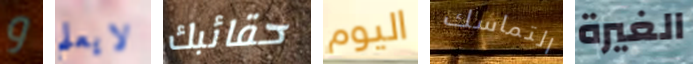
و لايعلم حقائبك اليوم التماسك الغيرة